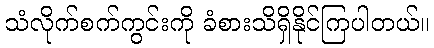
သံလိုက်စက်ကွင်းကို ခံစားသိရှိနိုင်ကြပါတယ်။